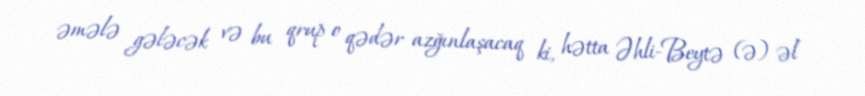
əmələ gələcək və bu qrup o qədər azğınlaşacaq ki, hətta Əhli-Beytə (ə) əl